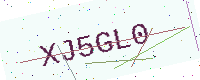
Text: XJ5GL0